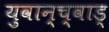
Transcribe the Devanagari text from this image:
युवान्च्वाड्